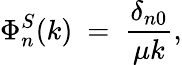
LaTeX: \Phi_{n}^{S}(k)~=~\frac{\delta_{n0}}{\mu k},